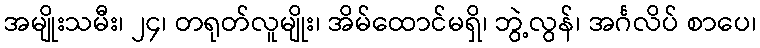
အမျိုးသမီး၊ ၂၄၊ တရုတ်လူမျိုး၊ အိမ်ထောင်မရှိ၊ ဘွဲ့လွန်၊ အင်္ဂလိပ် စာပေ၊